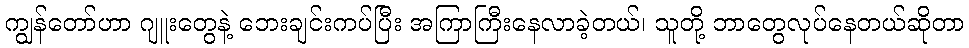
ကျွန်တော်ဟာ ဂျူးတွေနဲ့ ဘေးချင်းကပ်ပြီး အကြာကြီးနေလာခဲ့တယ်၊ သူတို့ ဘာတွေလုပ်နေတယ်ဆိုတာ